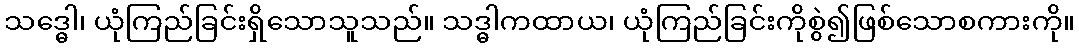
သဒ္ဓေါ၊ ယုံကြည်ခြင်းရှိသောသူသည်။ သဒ္ဓါကထာယ၊ ယုံကြည်ခြင်းကိုစွဲ၍ဖြစ်သောစကားကို။